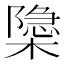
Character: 𬄩